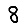
Digit: 8